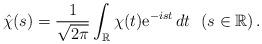
LaTeX: \begin{align*} \hat{\chi}(s) = \frac{1}{\sqrt{2\pi}} \int_\mathbb{R} \chi(t){\rm e}^{-ist}\,dt \ \ (s \in\mathbb{R}) \,.\end{align*}